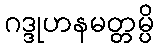
ဂဒ္ဒုဟနမတ္တမ္ပိ